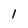
Character: 1